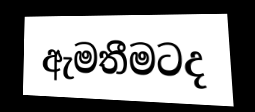
ඇමතීමටද